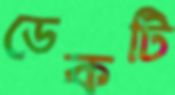
ডেকটি